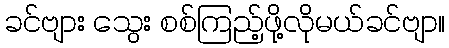
ခင်ဗျား သွေး စစ်ကြည့်ဖို့လိုမယ်ခင်ဗျာ။